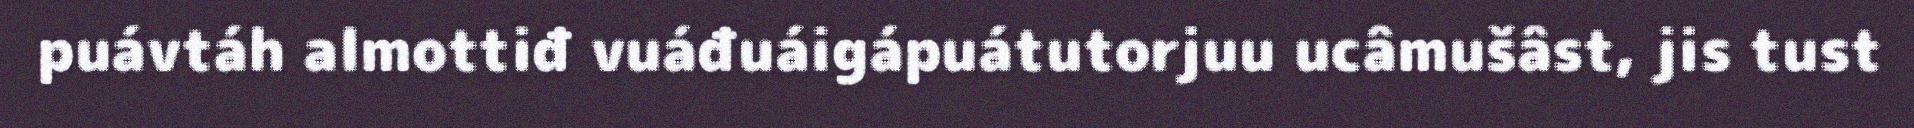
puávtáh almottiđ vuáđuáigápuátutorjuu ucâmušâst, jis tust